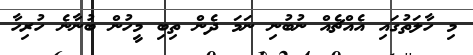
މި ހާލަތުގައި އެއްޗެއް ނުބުނި ނަމަ ދެން ތިބި މީހުން ބުނާނެ ހުރިހާ